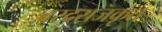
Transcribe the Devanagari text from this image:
वरदराजकृत